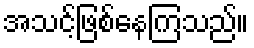
အသင့်ဖြစ်နေကြသည်။